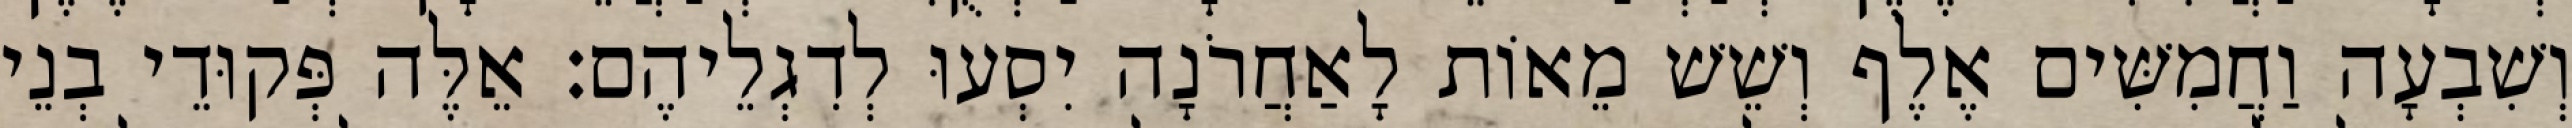
וְשִׁבְעָה וַחֲמִשִּׁים אֶלֶף וְשֵׁשׁ מֵאוֹת לָאַחֲרֹנָה יִסְעוּ לְדִגְלֵיהֶם׃ אֵלֶּה פְּקוּדֵי בְנֵי